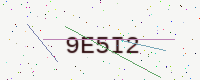
Text: 9E5I2